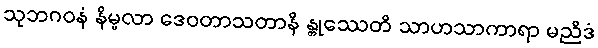
သုဘဂဝနံ နိမ္မလာ ဒေဝတာသတာနိ န္တုဿေတိ သာဟသာကာရာ မညိဒံ